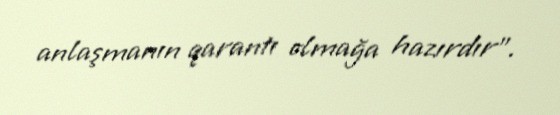
anlaşmanın qarantı olmağa hazırdır”.